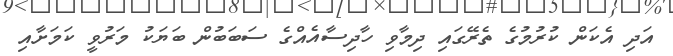
އަދި އެކަން ކުރުމުގެ ތެރޭގައި ދިމާވި ހާދިސާއެއްގެ ސަބަބުން ބަޔަކު މަރުވީ ކަމަށާއި